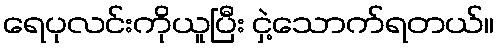
ရေပုလင်းကိုယူပြီး ငှဲ့သောက်ရတယ်။